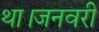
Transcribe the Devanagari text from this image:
था।जनवरी